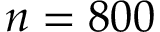
n = 8 0 0